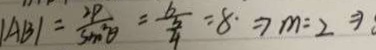
\vert A B \vert = \frac { 2 P } { \sin ^ { 2 } \theta } = \frac { b } { \frac { 3 } { 4 } } = 8 \cdot \Rightarrow m = 2 \Rightarrow